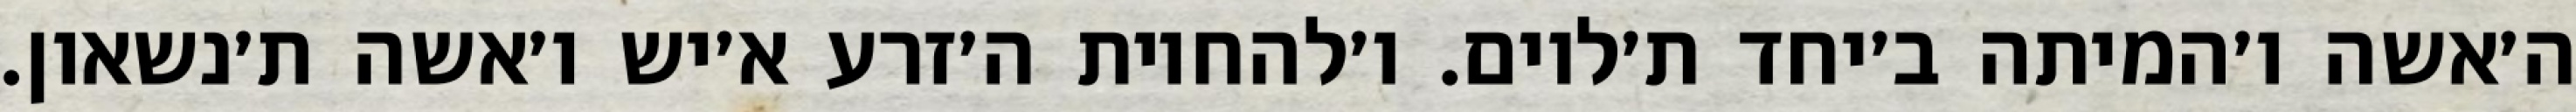
ה׳אשה ו׳המיתה ב׳יחד ת׳לוים. ו׳להחיות ה׳זרע א׳יש ו׳אשה ת׳נשאון.